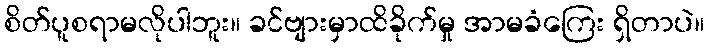
စိတ်ပူစရာမလိုပါဘူး။ ခင်ဗျားမှာထိခိုက်မှု အာမခံကြေး ရှိတာပဲ။